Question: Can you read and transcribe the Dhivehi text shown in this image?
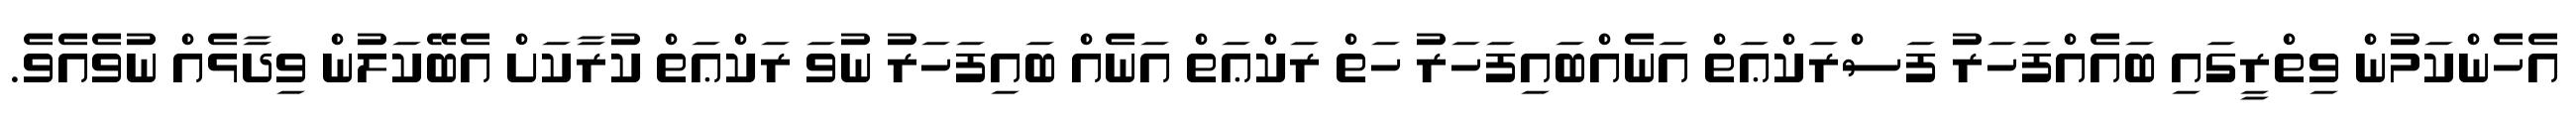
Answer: އެހެންކަމުން ވިތްރީގައި ބައެއްފަހަރު ފަސްރަކްޢަތް އަނެއްބައިފަހަރު ހަތް ރަކްޢަތް އަނެއް ބައިފަހަރު ނުވަ ރަކްޢަތް ކުރާކަށް އެބޭކަލުން ވިދާޅެއް ނުވެއެވެ.